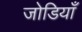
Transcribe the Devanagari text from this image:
जोडियाँ